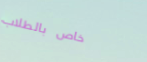
خاص بالطلاب